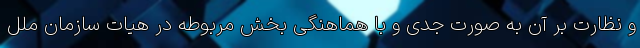
و نظارت بر آن به صورت جدی و با هماهنگی بخش مربوطه در هیات سازمان ملل